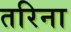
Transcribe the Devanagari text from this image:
तरिना